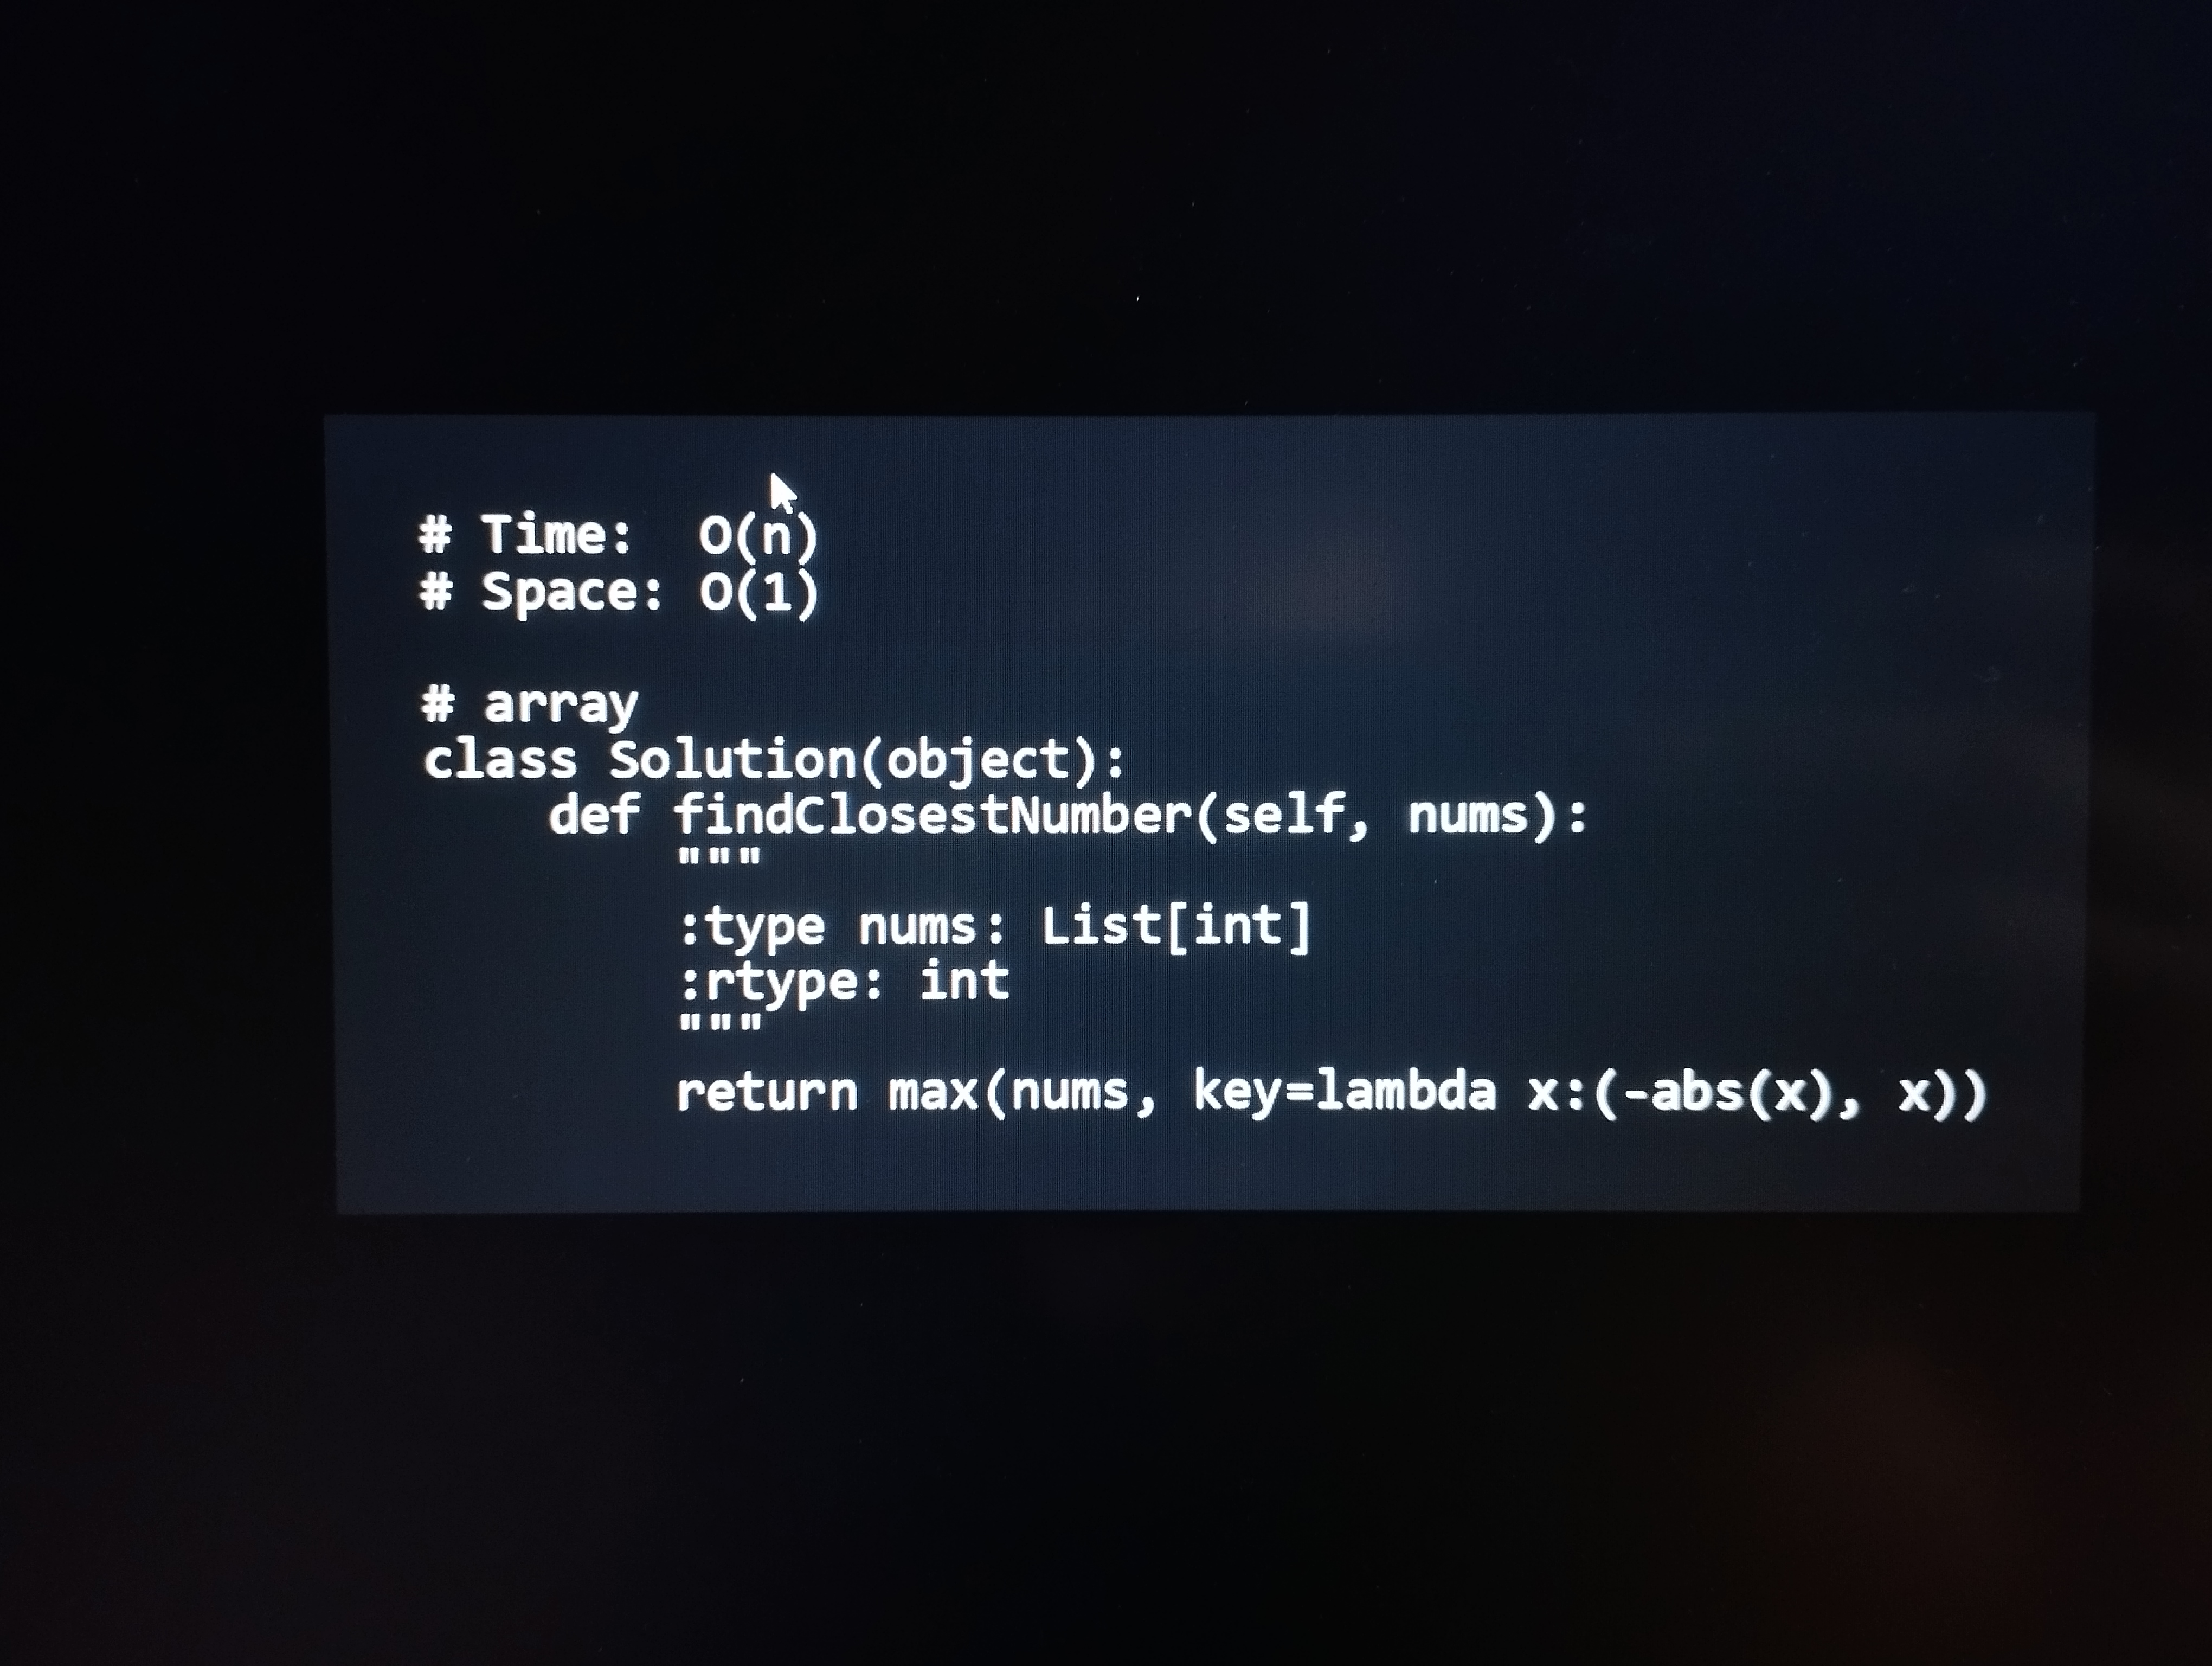
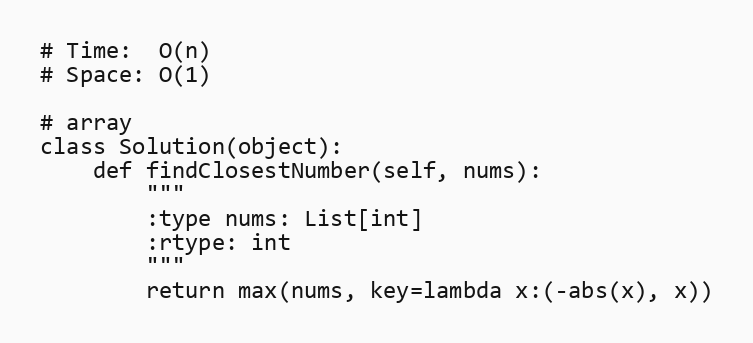
# Time:  O(n)
# Space: O(1)

# array
class Solution(object):
    def findClosestNumber(self, nums):
        """
        :type nums: List[int]
        :rtype: int
        """
        return max(nums, key=lambda x:(-abs(x), x))